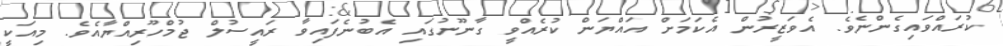
ކުރައްވައިގެންނެވެ. އެވަޒީރުން އެކަމަށް އައްޔަން ކުރެއްވީ ގާނޫނުގައި އެބުނެފައިވާ ރައީސުލް ޖުމްހޫރިއްޔާއެވެ. މިއަކީ